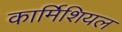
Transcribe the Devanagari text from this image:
कार्मिशियल